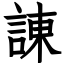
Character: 諌